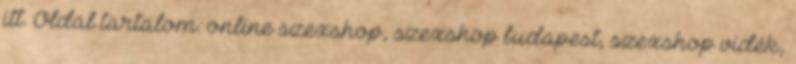
itt. Oldal tartalom: online szexshop, szexshop budapest, szexshop vidék,